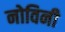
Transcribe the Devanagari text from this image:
नोविनी